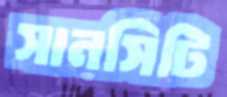
সানসিটি